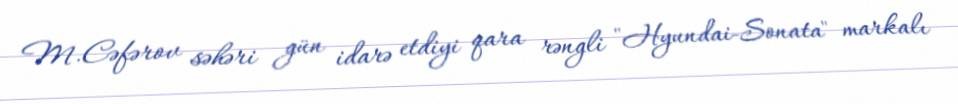
M.Cəfərov səhəri gün idarə etdiyi qara rəngli "Hyundai-Sonata" markalı